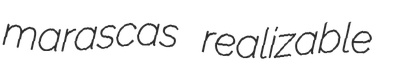
marascas realizable